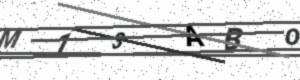
Text: M13ABO